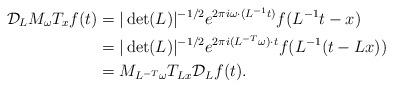
LaTeX: \begin{align*}\mathcal{D}_L M_\omega T_x f(t) & = |\det(L)|^{-1/2} e^{2 \pi i \omega \cdot (L^{-1} t)} f(L^{-1} t - x)\\& = |\det(L)|^{-1/2} e^{2 \pi i (L^{-T} \omega) \cdot t} f( L^{-1} (t - Lx))\\& = M_{L^{-T} \omega} T_{L x} \mathcal{D}_L f(t).\end{align*}